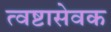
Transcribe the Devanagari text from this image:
त्वष्टासेवक